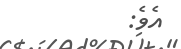
އެވެ: